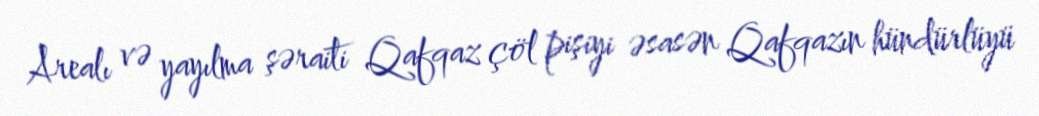
Arealı və yayılma şəraiti Qafqaz çöl pişiyi əsasən Qafqazın hündürlüyü